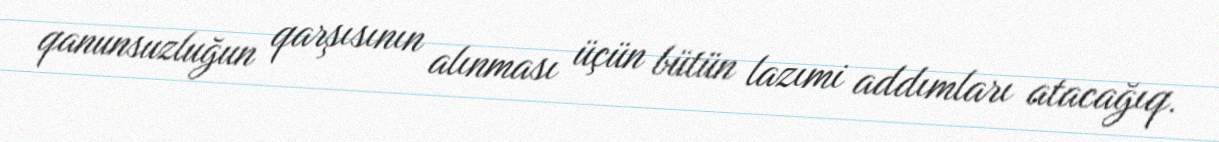
qanunsuzluğun qarşısının alınması üçün bütün lazımi addımları atacağıq.